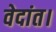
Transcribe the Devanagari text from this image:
वेदांत।